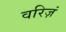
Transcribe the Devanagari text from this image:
वरिज़ं